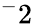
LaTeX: ^-2